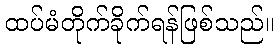
ထပ်မံတိုက်ခိုက်ရန်ဖြစ်သည်။